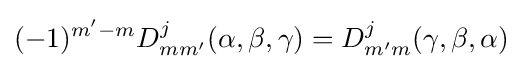
(-1)^{m'-m}D_{mm'}^{j}(\alpha ,\beta ,\gamma )=D_{m'm}^{j}(\gamma ,\beta ,\alpha )~